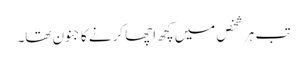
تب ہر شخص میں کچھ اچھا کرنے کا جنون تھا۔